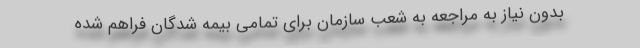
بدون نیاز به مراجعه به شعب سازمان برای تمامی بیمه شدگان فراهم شده